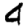
Digit: 4